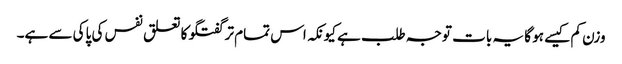
وزن کم کیسے ہو گا یہ بات توجہ طلب ہے کیونکہ اس تمام تر گفتگو کا تعلق نفس کی پاکی سے ہے۔